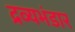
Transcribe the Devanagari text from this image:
द्रव्यभंडार